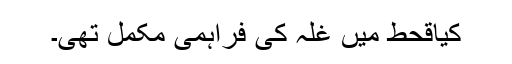
کیاقحط میں غلہ کی فراہمی مکمل تھی۔